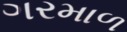
ગરમાળ